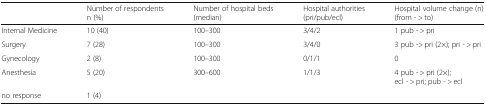
<table><thead><tr><td></td><td><b>Number of respondents n (%)</b></td><td><b>Number of hospital beds(median)</b></td><td><b>Hospital authorities (pri/pub/ecl)</b></td><td><b>Hospital volume change (n) (from - &gt; to)</b></td></tr></thead><tbody><tr><td>Internal Medicine</td><td>10 (40)</td><td>100–300</td><td>3/4/2</td><td>1 pub - &gt; pri</td></tr><tr><td>Surgery</td><td>7 (28)</td><td>100–300</td><td>3/4/0</td><td>3 pub -&gt; pri (2×); pri - &gt; pri</td></tr><tr><td>Gynecology</td><td>2 (8)</td><td>100–300</td><td>0/1/1</td><td>0</td></tr><tr><td>Anesthesia</td><td>5 (20)</td><td>300–600</td><td>1/1/3</td><td>4 pub - &gt; pri (2×); ecl - &gt; pri; pub - &gt; ecl</td></tr><tr><td>no response</td><td>1 (4)</td><td></td><td></td><td></td></tr></tbody></table>